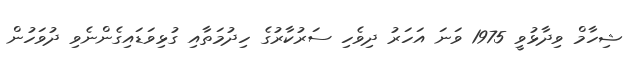
ޝިހާމް ވިދާޅުވީ 1975 ވަނަ އަހަރު ދިވެހި ސަރުކާރުގެ ހިދުމަތާއި ގުޅިވަޑައިގެންނެވި ދުވަހުން